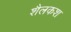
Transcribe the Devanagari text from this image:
शैलकश